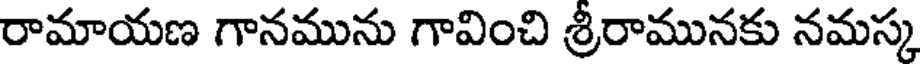
రామాయణ గానమును గావించి శ్రీరామునకు నమస్క